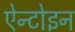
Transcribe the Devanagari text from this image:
ऐन्टोइन